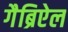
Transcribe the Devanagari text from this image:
गैब्रिऐल